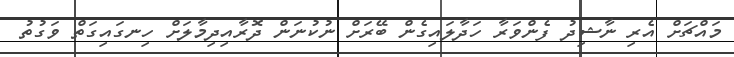
މައްޗަށް އެރި ނާޝިދު ފެންވަރާ ހަދާލައިގެން ބޭރަށް ނުކުނަން ދޮރާއިދިމާލަށް ހިނގައިގަތް ވަގުތު